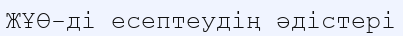
ЖҰӨ-ді есептеудің әдістері